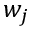
w _ { j }